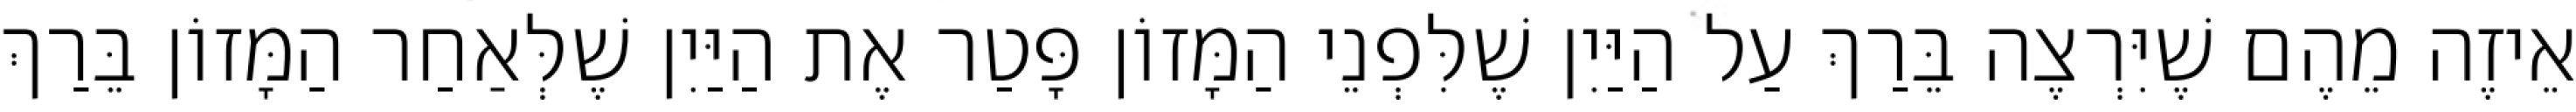
אֵיזֶה מֵהֶם שֶׁיִּרְצֶה בֵּרַךְ עַל הַיַּיִן שֶׁלִּפְנֵי הַמָּזוֹן פָּטַר אֶת הַיַּיִן שֶׁלְּאַחַר הַמָּזוֹן בֵּרַךְ